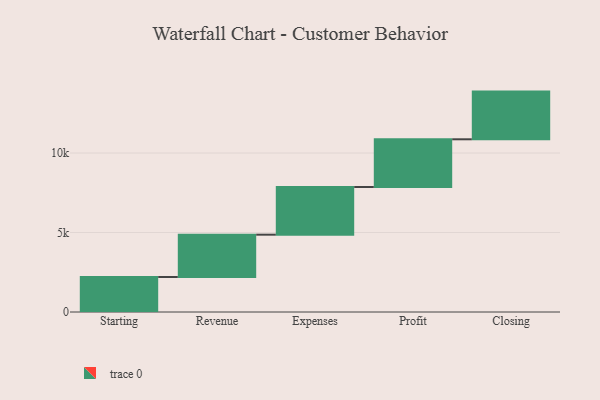
{"axis": {"x": "Step", "y": "Value"}, "legend": [""], "data": [{"x": "Starting", "y": 2203.0, "type": ""}, {"x": "Revenue", "y": 2661.0, "type": ""}, {"x": "Expenses", "y": 3000, "type": ""}, {"x": "Profit", "y": 3000, "type": ""}, {"x": "Closing", "y": 3000, "type": ""}]}